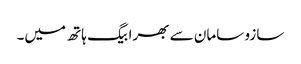
سازو سامان سے بھرا بیگ ہاتھ میں۔